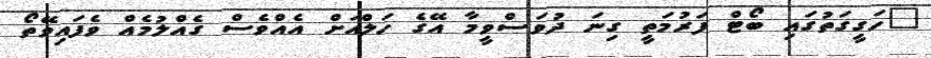
"ހަގީގަތުގައި ބޯޓް ފަރުމަތީ ގިނަ ދުވަސްވީމާ އޭގެ ހަލްއަށް އެއްވެސް ގެއްލުމެއް ވެފައިވޭތޯ